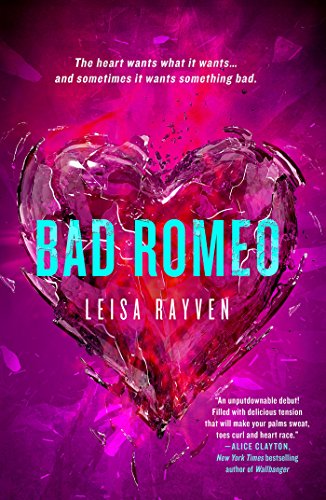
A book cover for Bad Romeo (The Starcrossed Series); Leisa Rayven; Literature & Fiction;